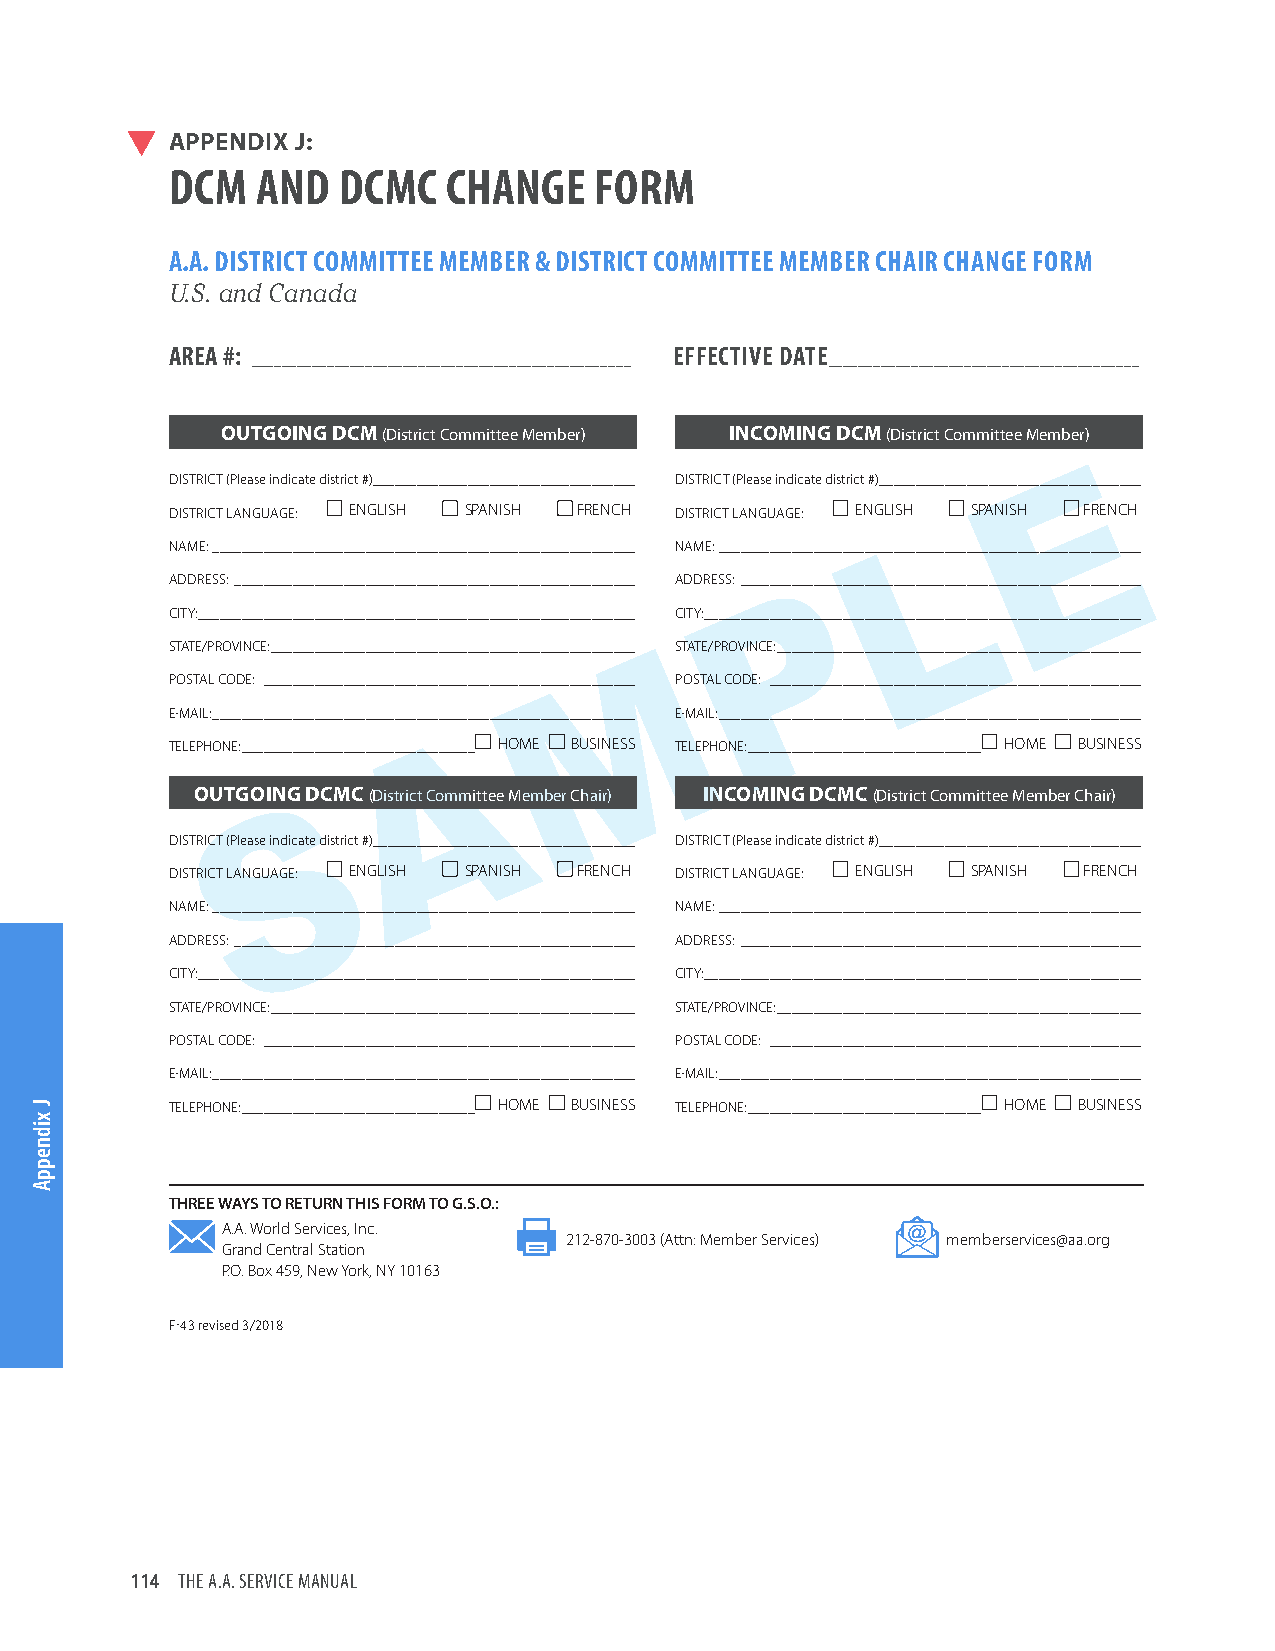
APPENDIX J:
 DCM   AND  DCMC    CHANGE   FORM
 A.A. DISTRICT COMMITTEE MEMBER & DISTRICT COMMITTEE MEMBER CHAIR CHANGE FORM
 U.S. and Canada
 AREA #:                           EFFECTIVE DATE
 __________________________________________________ _________________________________________
 OUTGOING DCM (District Committee Member) INCOMING DCM (District Committee Member)
 DISTRICT (Please indicate district #)____________________________________ DISTRICT (Please indicate district #)____________________________________
 DISTRICT LANGUAGE: n ENGLISH n SPANISH n FRENCH DISTRICT LANGUAGE: n ENGLISH n SPANISH n FRENCH
 NAME: __________________________________________________________ NAME: __________________________________________________________
 ADDRESS: _______________________________________________________ ADDRESS: _______________________________________________________
 CITY: ____________________________________________________________ CITY: ____________________________________________________________
 STATE/PROVINCE: __________________________________________________ STATE/PROVINCE: __________________________________________________
 POSTAL CODE: ___________________________________________________ POSTAL CODE: ___________________________________________________
 E-MAIL: __________________________________________________________ E-MAIL: __________________________________________________________
 TELEPHONE: ________________________________n HOME n BUSINESS TELEPHONE: ________________________________n HOME n BUSINESS
 OUTGOING DCMC (District Committee Member Chair) INCOMING DCMC (District Committee Member Chair)
 DISTRICT (Please indicate district #)____________________________________ DISTRICT (Please indicate district #)____________________________________
 DISTRICT LANGUAGE: n ENGLISH n SPANISH n FRENCH DISTRICT LANGUAGE: n ENGLISH n SPANISH n FRENCH
 NAME: __________________________________________________________ NAME: __________________________________________________________
 ADDRESS: _______________________________________________________ ADDRESS: _______________________________________________________
 CITY: ____________________________________________________________ CITY: ____________________________________________________________
 STATE/PROVINCE: __________________________________________________ STATE/PROVINCE: __________________________________________________
 POSTAL CODE: ___________________________________________________ POSTAL CODE: ___________________________________________________
 E-MAIL: __________________________________________________________ E-MAIL: __________________________________________________________
 TELEPHONE: ________________________________n HOME n BUSINESS TELEPHONE: ________________________________n HOME n BUSINESS
 THREE WAYS TO RETURN THIS FORM TO G.S.O.:
 A.A. World Services, Inc.
 212-870-3003 (Attn: Member Services) memberservices@aa.org
 Grand Central Station
 P.O. Box 459, New York, NY 10163
 F-43 revised 3/2018
 114 THE A.A. SERVICE MANUAL
 J
 xidneppA